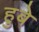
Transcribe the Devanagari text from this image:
हुबे